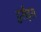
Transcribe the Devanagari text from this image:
टुसैड्स